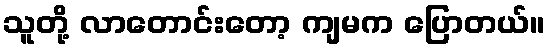
သူတို့ လာတောင်းတော့ ကျမက ပြောတယ်။